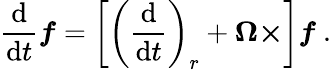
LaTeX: {\frac{\mathrm{d}}{\mathrm{d}t}}{\boldsymbol{f}}=\left[\left({\frac{\mathrm{d}}{\mathrm{d}t}}\right)_{r}+{\boldsymbol{\Omega\times}}\right]{\boldsymbol{f}}\ .